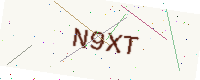
Text: N9XT